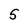
Character: 5